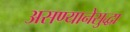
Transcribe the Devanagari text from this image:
असण्यानेसुद्धा